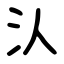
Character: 汄